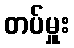
တပ်မှူး